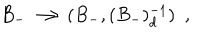
B _ { - } \longrightarrow ( B _ { - } , ( B _ { - } ) _ { d } ^ { - 1 } ) \ \ ,